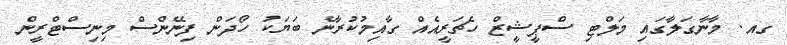
ގއ. މާނާގަލާގައި މަލްޓި ސްޕީޝީޒް ހެޗަރީއެއް ގާއިމުކުރާނެ ބަޔަކު ހޯދަން ފިނޭންސް މިނިސްޓްރީން